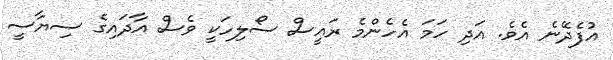
އުފެދޭނެ އެވެ. އަދި ހަމަ އެހެންމެ ރައީސް ސޯލިހަކީ ވެސް އާދައިގެ ސިޔާސީ